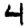
Digit: 4